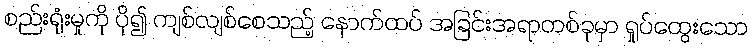
စည်းရုံးမှုကို ပို၍ ကျစ်လျစ်စေသည့် နောက်ထပ် အခြင်းအရာတစ်ခုမှာ ရှုပ်ထွေးသော